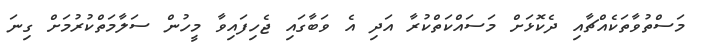
މަސްތުވާތަކެއްޗާއި ދެކޮޅަށް މަސައްކަތްކުރާ އަދި އެ ވަބާގައި ޖެހިފައިވާ މީހުން ސަލާމަތްކުރުމަށް ގިނަ